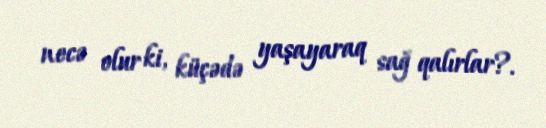
necə olur ki, küçədə yaşayaraq sağ qalırlar?.